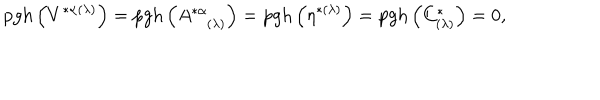
\mathrm { p g h } \left( V ^ { * \alpha ( \lambda ) } \right) = \mathrm { p g h } \left( A _ { ( \lambda ) } ^ { * \alpha } \right) = \mathrm { p g h } \left( \eta ^ { * ( \lambda ) } \right) = \mathrm { p g h } \left( C _ { ( \lambda ) } ^ { * } \right) = 0 ,